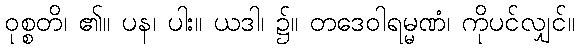
ဝုစ္စတိ၊ ၏။ ပန၊ ပါး။ ယဒါ၊ ၌။ တဒေဝါရမ္မဏံ၊ ကိုပင်လျှင်။